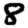
Digit: 8